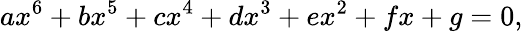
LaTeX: ax^{6}+bx^{5}+cx^{4}+dx^{3}+ex^{2}+fx+g=0,